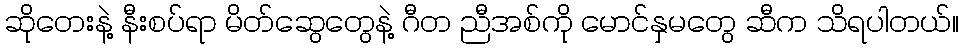
ဆိုတေးနဲ့ နီးစပ်ရာ မိတ်ဆွေတွေနဲ့ ဂီတ ညီအစ်ကို မောင်နှမတွေ ဆီက သိရပါတယ်။